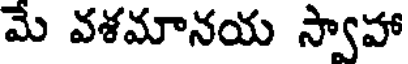
మే వశమానయ స్వాహా